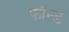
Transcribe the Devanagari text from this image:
फॉन्ड